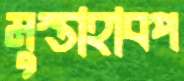
মুস্তাহাবপ